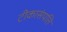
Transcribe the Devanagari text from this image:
टीकासंपत्ति